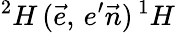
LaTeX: ^2H\, (\vec{e},\, e^{\prime}\vec{n})\, ^{1}H